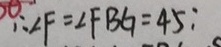
\therefore \angle F = \angle F B G = 4 5 :